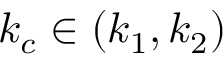
k _ { c } \in ( k _ { 1 } , k _ { 2 } )